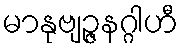
မာနုဗျဉ္ဇနဂ္ဂါဟီ